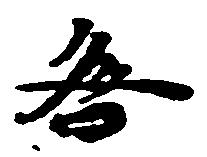
咎